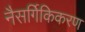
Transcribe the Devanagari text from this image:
नैसर्गिकिकरण